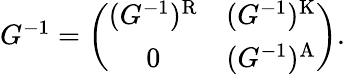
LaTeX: \begin{array}{r}{G^{-1}=\left(\begin{array}{cc}{(G^{-1})^{\textrm{R}}}&{(G^{-1})^{\textrm{K}}}\\ {0}&{(G^{-1})^{\textrm{A}}}\end{array}\right).}\end{array}